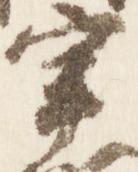
宰